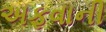
અફવાની